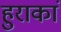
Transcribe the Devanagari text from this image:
हुराकां